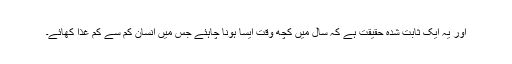
اور یہ ایک ثابت شدہ حقیقت ہے کہ سال میں کچھ وقت ایسا ہونا چاہئے جس میں انسان کم سے کم غذا کھائے۔